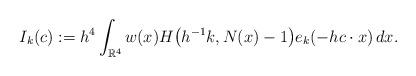
LaTeX: \begin{align*}I_{k}(c):=h^4\int_{\mathbb{R}^4} w(x) H\big(h^{-1}k, N(x)-1\big)e_{k}(-hc\cdot x)\, dx.\end{align*}